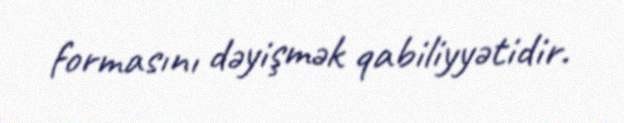
formasını dəyişmək qabiliyyətidir.